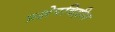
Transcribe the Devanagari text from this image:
प्रक्षेपविहीन